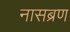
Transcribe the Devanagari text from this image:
नासब्रण